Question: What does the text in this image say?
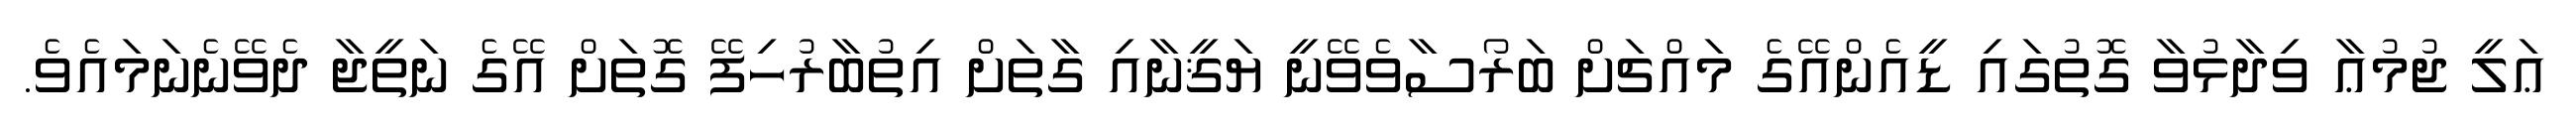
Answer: ޢަލީ ޖުމުޢާ ވިދާޅުވާ ގޮތުގައި ޑީއެންއޭގެ މައްޗަށް ބަރޯސާވެވޭނީ ޔަޤީނާއި ގާތަށް އިތުބާރުހިފޭ ގޮތަށް އޭގެ ނަތީޖާ ދެވޭނެނަމައެވެ.